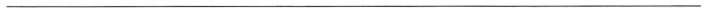
___